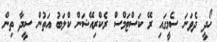
ހޯދީ ދެވަނަ ސެމީގައި ރޭ ކަސްޓަމްސް ރެކްރިއޭޝަން ކްލަބު އަތުން ސީދާ ތިން